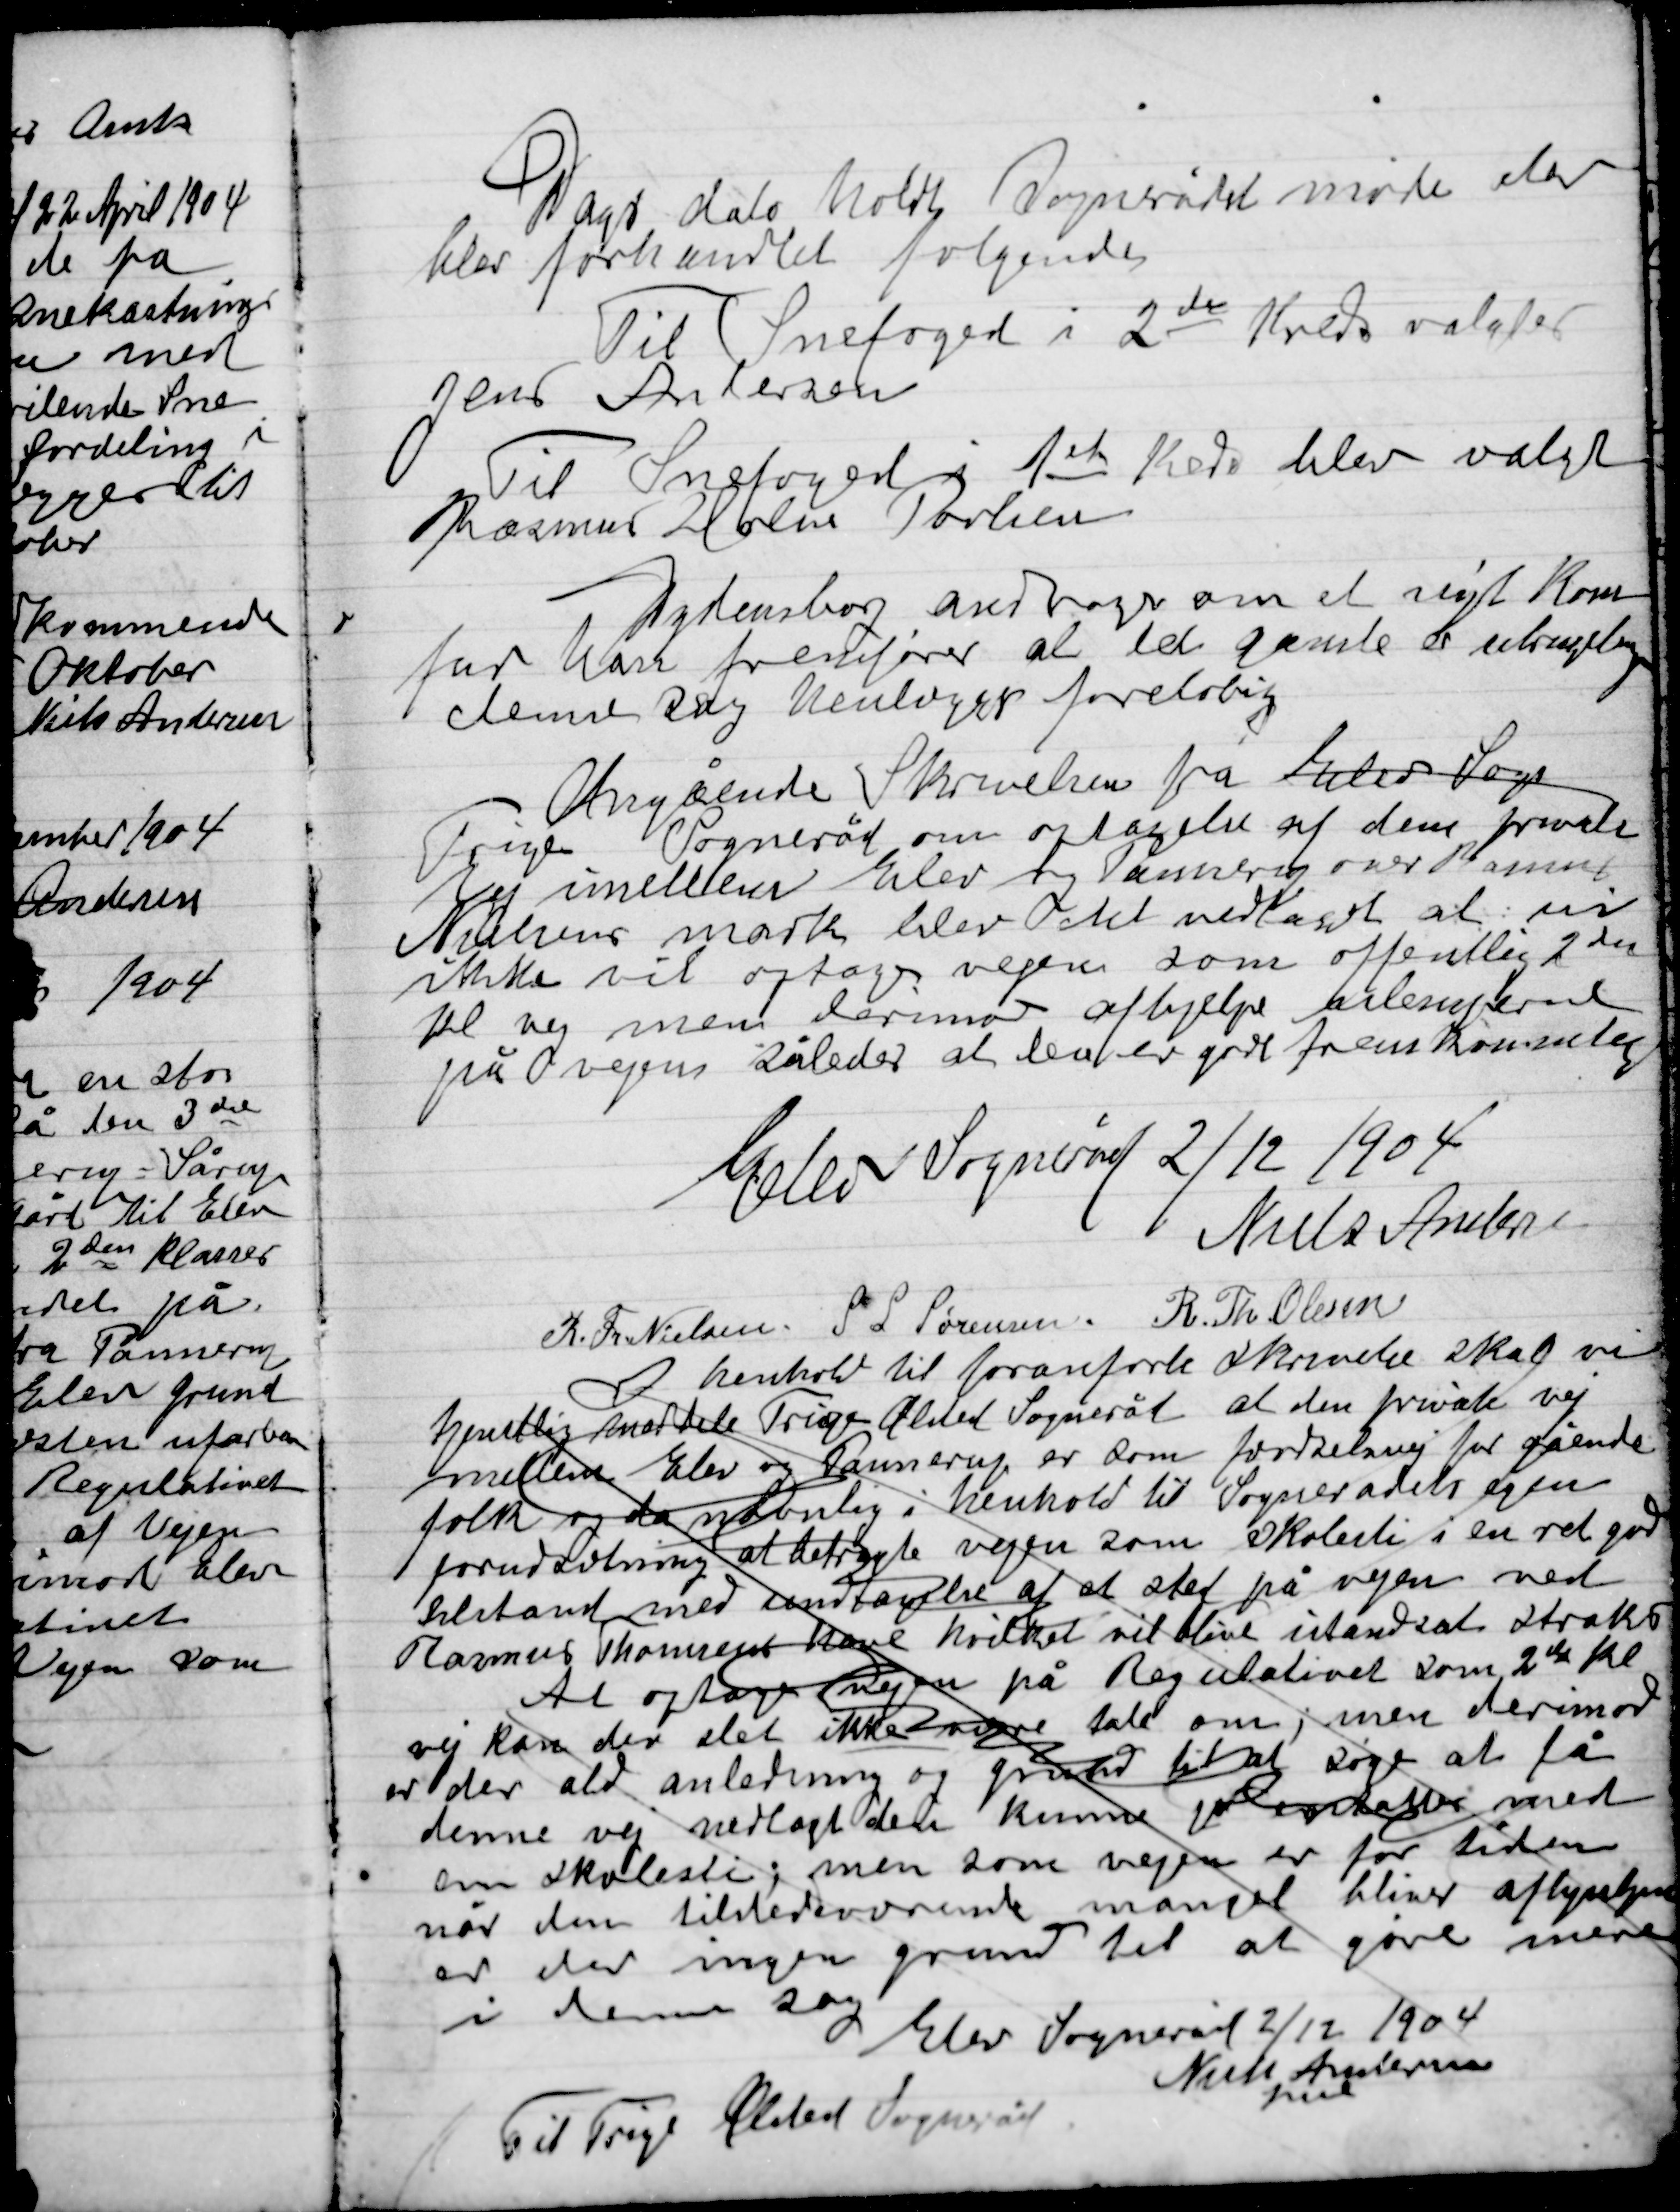
Transskription:
Dags dato holdt Sognerådet møde der
blev forhandlet følgende:
Til Snefoged i 2de Kreds valgtes
Jens Andersen
Til Snefoged i 1et Kreds valgtes
Rasmus Holm Poulsen

Dydensborg andrager om et nyt Kom-
fur han fremfører at det gamle er ubrugelig
Denne sag henlægges foreløbig

Angående skrivelsen fra Hasle Sogn
Trige Sogneråd om optagelse af den private
Vej imellem Elev og Pannerup over Rasmus
Nielsens mark blev det vedtaget at vi
Ikke vil optage vejen som offentlig 2den
Kl. vej men derimod afhjælpe ulemperne
på vejen således at den er god fremkommelig

Elev Sogneråd 2/12 1904

Niels Andersen
R. Th. Nielsen
S.L. Sørensen
R.Th. Olsen

I henhold til for anførte skrivelse skal vi
Tjenstlig meddele Trige Ølsted Sogneråd at den private vej
mellem Elev og Pannerup er som privat vej for gående
folk og da nydelig i henhold til Sognerådets egen
forudsætning  at betragte vejen som skolesti i en ret god
tilstand med antagelse af et sted på vejen ned
Rasmus Thomsens have hvilket vil blive istandsat straks
At optage vejen på Regulativet som 2den Kl
Vej kan der slet ikke være tale om; men derimod
er der ald anledning og grund til at søge at få
denne vej nedlagt den kunne jo erstattes med
en skolesti; men som vejen er for tiden
når den tilstedeværende mangler bliver afhjulpen
er der ingen grund til at gøre mere
i denne sag
Elev Sogneråd 2/12 1904
Niels Andersen
fmd
Til Trige Ølsted Sogneråd